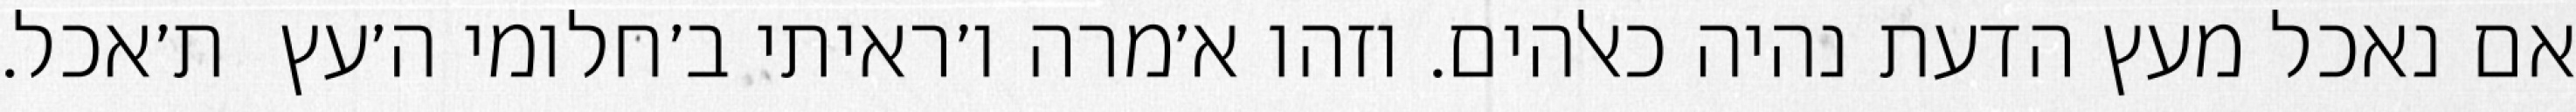
אם נאכל מעץ הדעת נהיה כאלהים. וזהו א׳מרה ו׳ראיתי ב׳חלומי ה׳עץ  ת׳אכל.